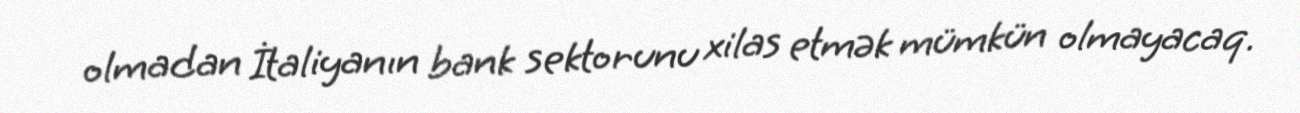
olmadan İtaliyanın bank sektorunu xilas etmək mümkün olmayacaq.